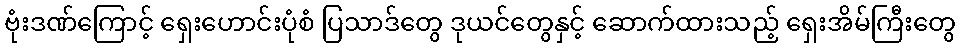
ဗုံးဒဏ်ကြောင့် ရှေးဟောင်းပုံစံ ပြသာဒ်တွေ ဒုယင်တွေနှင့် ဆောက်ထားသည့် ရှေးအိမ်ကြီးတွေ